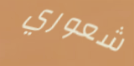
شعوري